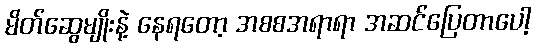
မိတ်ဆွေမျိုးနဲ့ နေရတော့ အစစအရာရာ အဆင်ပြေတာပေါ့